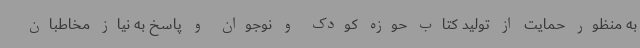
به منظور حمایت از تولید کتاب حوزه کودک و نوجوان و پاسخ به نیاز مخاطبان